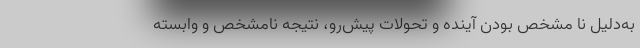
به‌دلیل نا مشخص بودن آینده و تحولات پیش‌رو، نتیجه نامشخص و وابسته